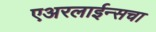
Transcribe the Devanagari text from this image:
एअरलाईन्सचा